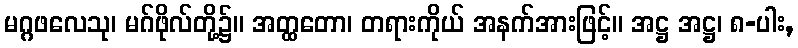
မဂ္ဂဖလေသု၊ မဂ်ဖိုလ်တို့၌။ အတ္ထတော၊ တရားကိုယ် အနက်အားဖြင့်။ အဋ္ဌ အဋ္ဌ၊ ၈-ပါး,